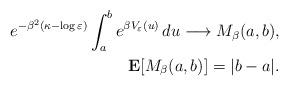
LaTeX: \begin{align*}e^{-\beta^2(\kappa-\log\varepsilon)}\int_a^b e^{\beta V_{\varepsilon}(u)} \, du\longrightarrow M_{\beta}(a, b), \\{\bf{E}}[M_{\beta}(a, b)]=|b-a|.\end{align*}